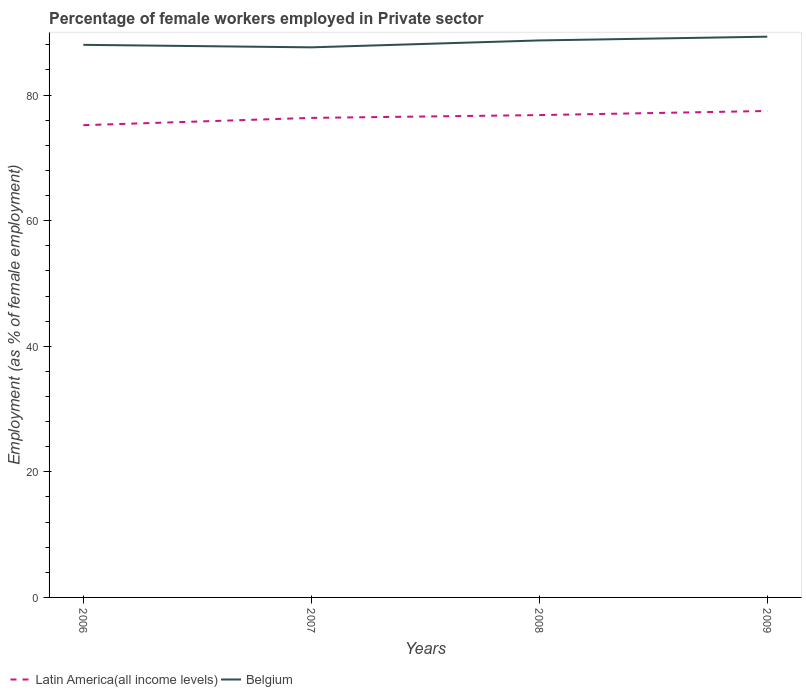
| Years | Latin America(all income levels) | Belgium |
 | --- | --- | --- |
 | 2006 | 75.2 | 88 |
 | 2007 | 76.4 | 87.6 |
 | 2008 | 76.8 | 88.7 |
 | 2009 | 77.5 | 89.3 |